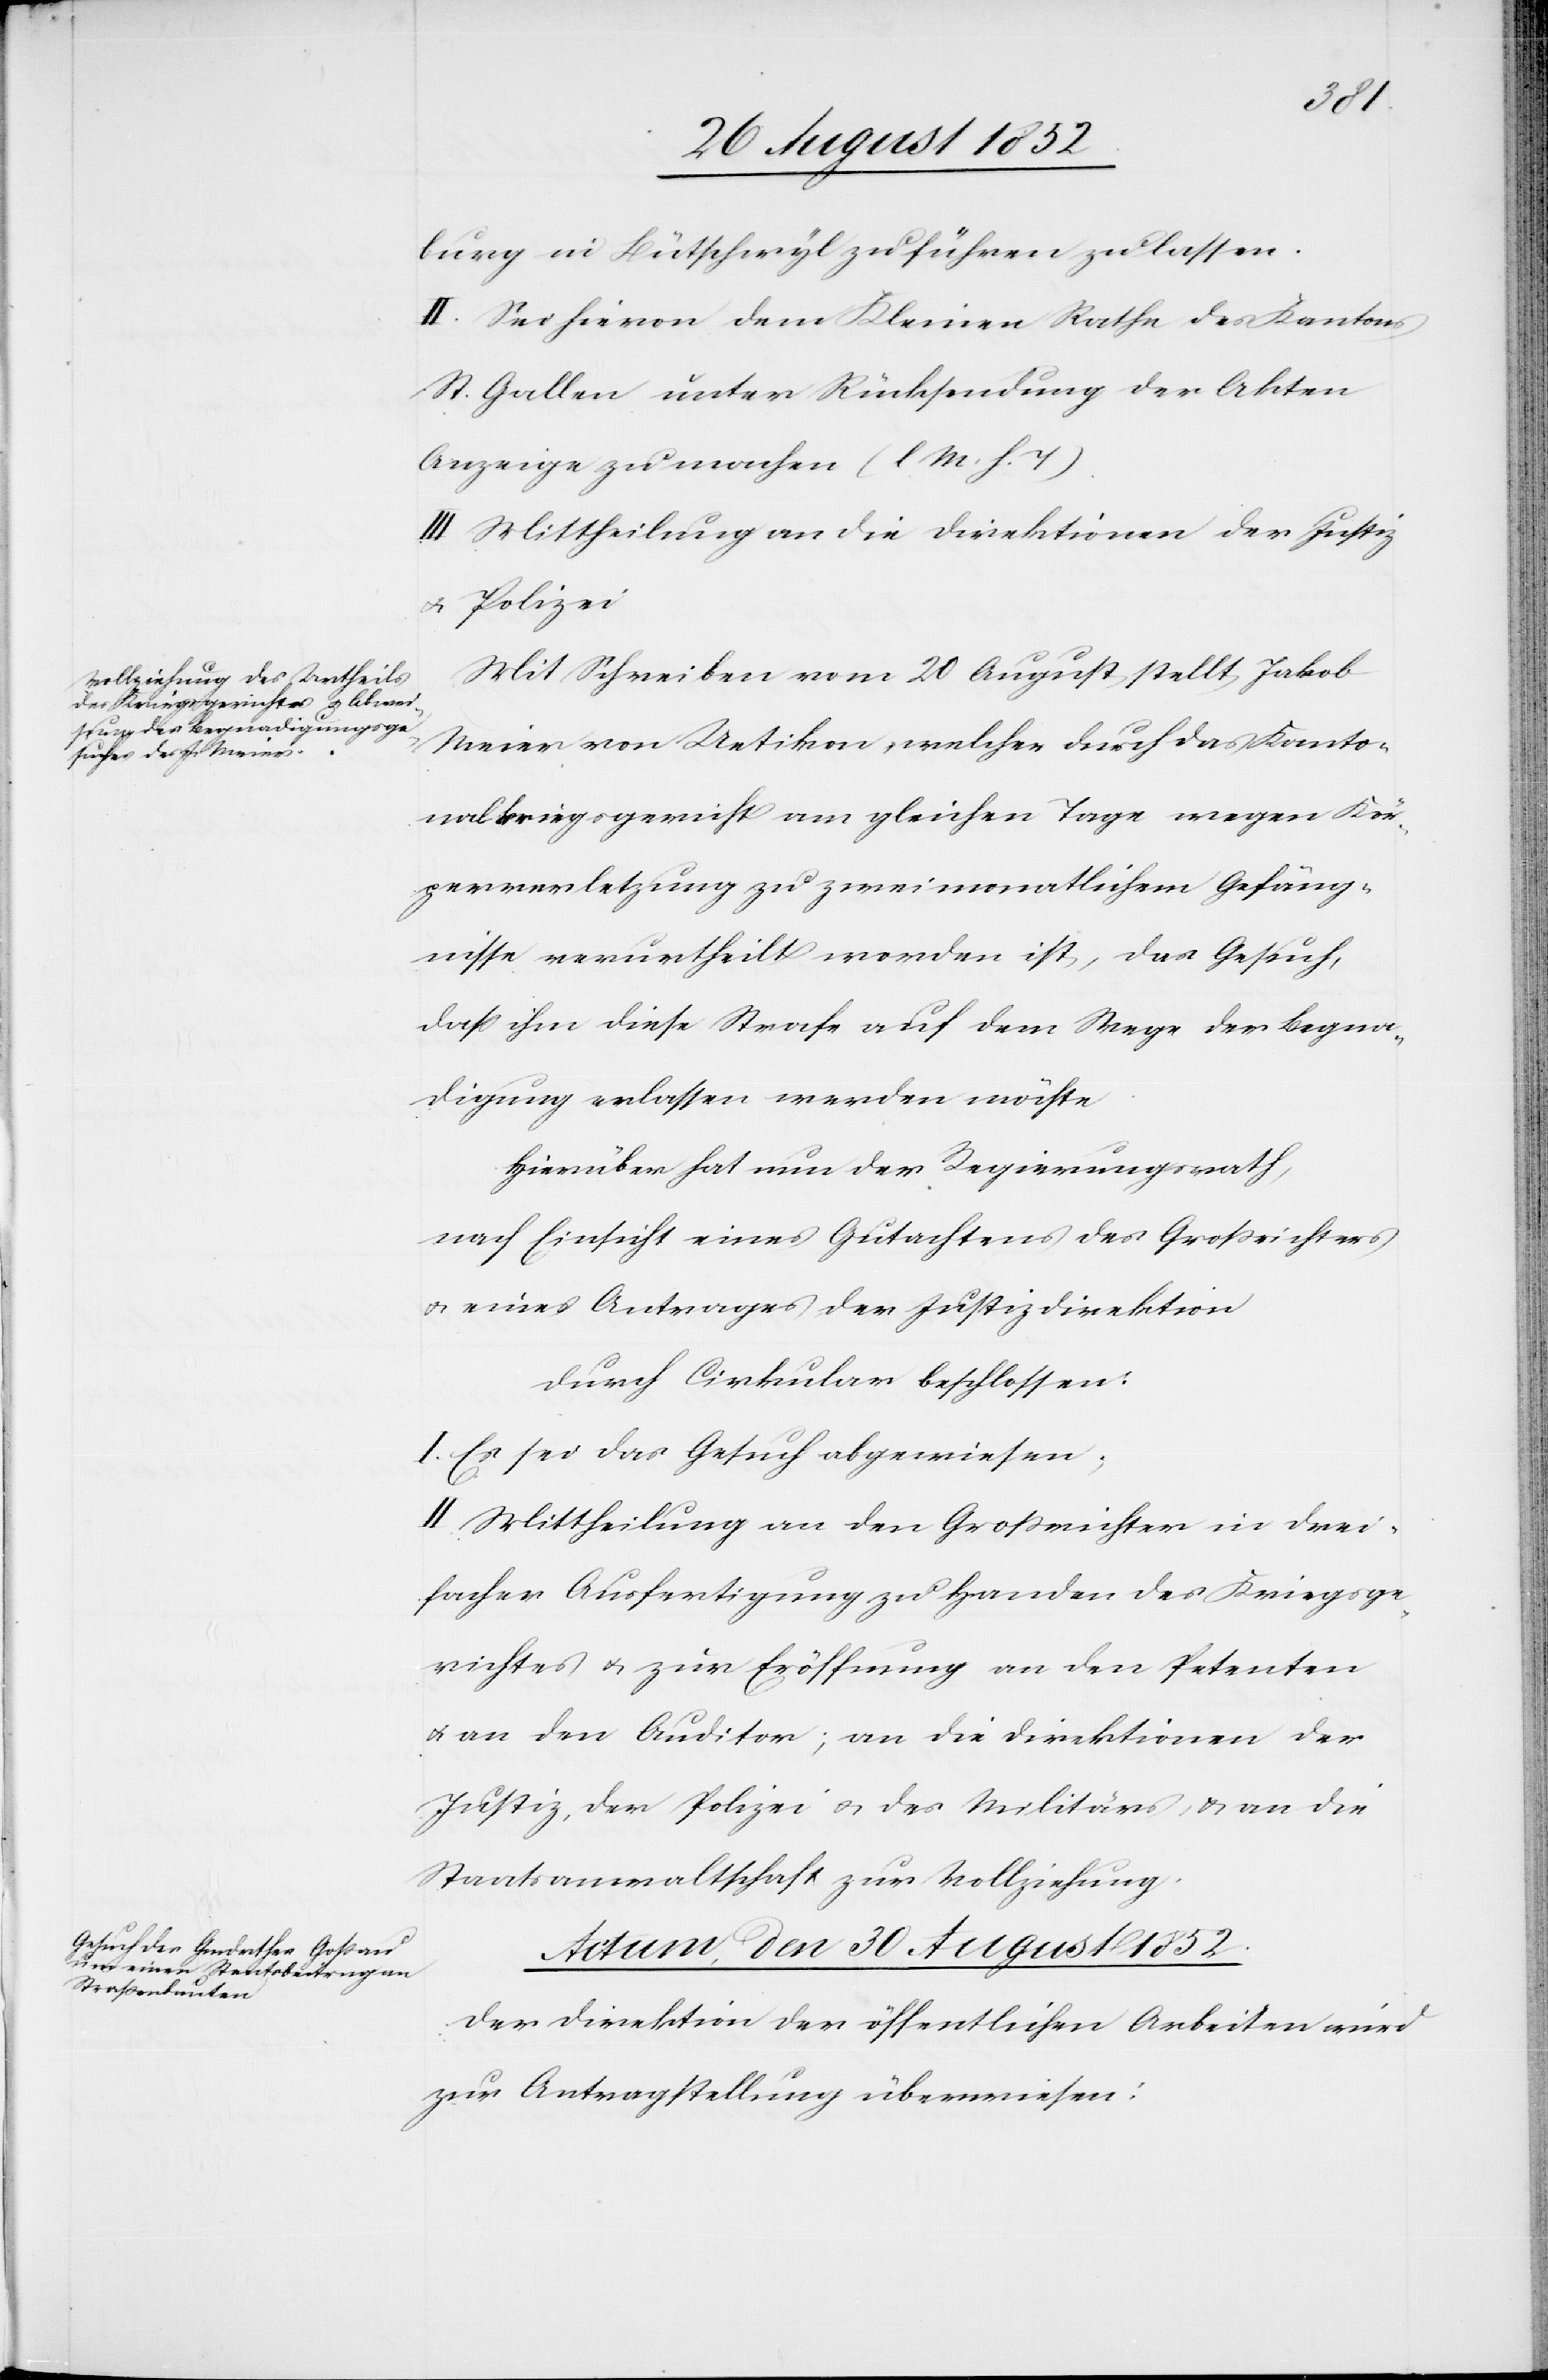
den
28 August 1852.]
burg in Bütschwyl zu führen zu lassen.
II. Sei hievon dem Kleinen Rathe des Kantons
St. Gallen unter Rücksendung der Akten
Anzeige zu machen (l M. h. T).
III Mittheilung an die Direktionen der Justiz
& Polizei[.]
Mit Schreiben vom 20 August stellt Jakob
Meier von Uetikon, welcher durch das Kanto¬
nalkriegsgericht am gleichen Tage wegen Kör¬
perverletzung zu zweimonatlichem Gefäng¬
nisse verurtheilt worden ist, das Gesuch,
daß ihm diese Strafe auf dem Wege der Begna¬
digung erlassen werden möchte.
Hierüber hat nun der Regierungsrath,
nach Einsicht eines Gutachtens des Großrichters
& eines Antrages der Justizdirektion
durch Cirkular beschlossen:
I. Es sei das Gesuch abgewiesen;
II. Mittheilung an den Großrichter in drei¬
facher Ausfertigung zu Handen des Kriegsge¬
richtes & zur Eröffnung an den Petenten
& an den Auditor; an die Direktionen der
Justiz, der Polizei & des Militärs, & an die
Staatsanwaltschaft zur Vollziehung.
Actum, den 30 August 1852.
Der Direktion der öffentlichen Arbeiten wird
zur Antragstellung überwiesen: